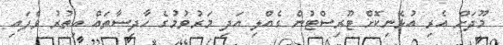
މޫދަށް އެރި އުޅެނިކޮށް ޓޫރިސްޓުން ގެއްލި އަދި މަރުވުމުގެ ހާދިސާތައް އިތުރު ވެފައި